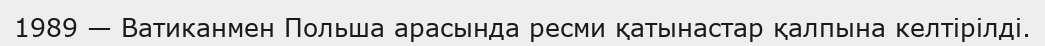
1989 — Ватиканмен Польша арасында ресми қатынастар қалпына келтірілді.